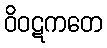
ဝိဝဋကတေ